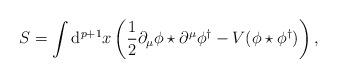
\begin{align*}S=\int\mathrm{d}^{p+1}x\left(\frac{1}{2}\partial_\mu\phi\star\partial^\mu\phi^\dag- V(\phi\star\phi^\dag)\right),\end{align*}